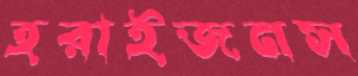
হরাইজনস